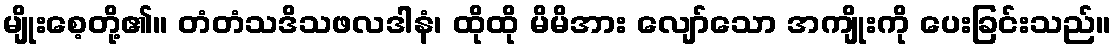
မျိုးစေ့တို့၏။ တံတံသဒိသဖလဒါနံ၊ ထိုထို မိမိအား လျော်သော အကျိုးကို ပေးခြင်းသည်။